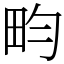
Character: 畇